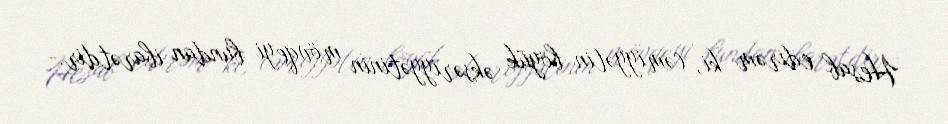
Hesab edirəm ki, cəmiyyətin böyük əksəriyyətinin mövqeyi bundan ibarətdir.-